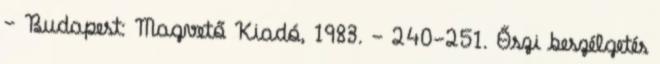
– Budapest: Magvető Kiadó, 1983. - 240-251. Őszi beszélgetés